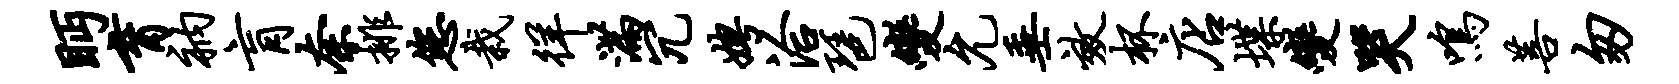
眄育衲肓奈排您栽徉满冗娉洽琶变允垂效杯店堞变哭鸣菩匆